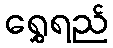
ရွှေရည်